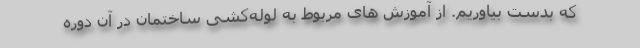
که بدست بیاوریم. از آموزش های مربوط به لوله‌کشی ساختمان در آن دوره